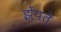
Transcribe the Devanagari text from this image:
झेंपते